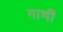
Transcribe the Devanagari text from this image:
गाणीं